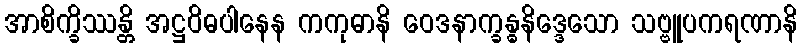
အာစိက္ခိဿန္တိ အဋ္ဌဝိဓပါနေန ကကုဓာနိ ဝေဒနာက္ခန္ဓနိဒ္ဒေသော သဗ္ဗူပကရဏာနိ